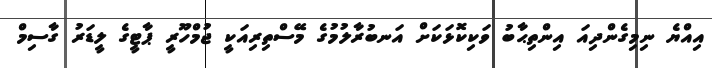
އިއްޔެ ނިމިގެންދިއަ އިންތިޙާބު ވަކިކޮޅަކަށް އަނބުރާލުމުގެ މޭސްތިރިއަކީ ޖުމްހޫރީ ޕާޓީގެ ލީޑަރު ގާސިމް